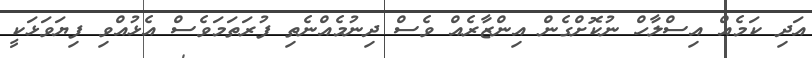
އަދި ކަމެއް އިސްލާހް ނުކޮށްގެން އިންޒާރެއް ވެސް ދިނުމެއްނެތި ފުރަތަމަވެސް އެޅުއްވި ފިޔަވަޅަކީ